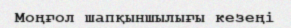
Моңғол шапқыншылығы кезеңі